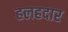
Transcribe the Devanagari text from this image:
हलहदार